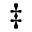
\ddagger